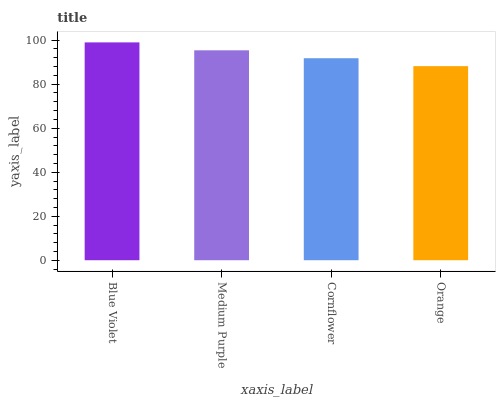
| xaxis_label | bars |
 | --- | --- |
 | Blue Violet | 99 |
 | Medium Purple | 95.4 |
 | Cornflower | 91.8 |
 | Orange | 88.2 |